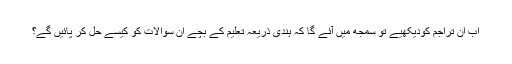
اب ان تراجم کودیکھیے تو سمجھ میں آئے گا کہ ہندی ذریعہ تعلیم کے بچے ان سوالات کو کیسے حل کر پائیں گے؟